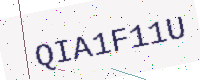
Text: QIA1F11U